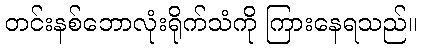
တင်းနစ်ဘောလုံးရိုက်သံကို ကြားနေရသည်။